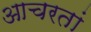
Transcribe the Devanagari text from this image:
आचरतां